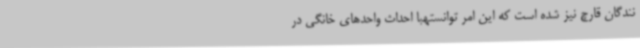
نندگان قارچ نیز شده است که این امر توانستهبا احداث واحدهای خانگی در